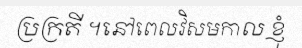
ប្រក្រតី ។នៅពេលវិសមកាល ខ្ញុំ